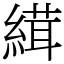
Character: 縙